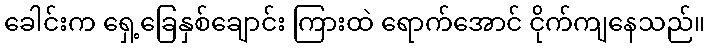
ခေါင်းက ရှေ့ခြေနှစ်ချောင်း ကြားထဲ ရောက်အောင် ငိုက်ကျနေသည်။